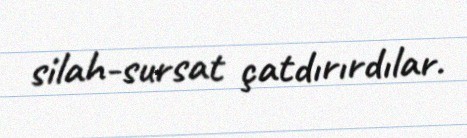
silah-sursat çatdırırdılar.